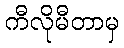
ကီလိုမီတာမှ